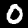
Label: 0